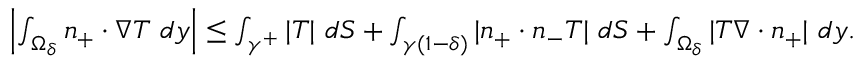
\begin{array} { r } { \left| \int _ { \Omega _ { \delta } } n _ { + } \cdot \nabla T \ d y \right| \leq \int _ { \gamma ^ { + } } | T | \ d S + \int _ { \gamma ( 1 - \delta ) } | n _ { + } \cdot n _ { - } T | \ d S + \int _ { \Omega _ { \delta } } | T \nabla \cdot n _ { + } | \ d y . } \end{array}